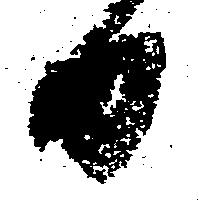
日